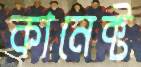
কানেক্ট